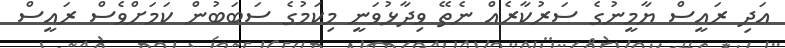
އަދި ރައީސް ޔާމީނުގެ ސަރުކާރެއް ނެތޭ ވިދާޅުވަނީ މިކަމުގެ ސަބަބުން ކަމަށްވެސް ރައީސް